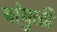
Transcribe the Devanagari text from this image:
बांबुळी